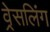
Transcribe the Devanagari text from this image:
व्रेसलिंग